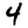
Digit: 4